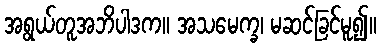
အရွယ်တူအဘိပါဒက။ အသမေက္ခ၊ မဆင်ခြင်မူ၍။